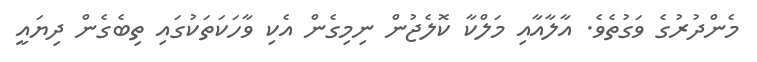
މެންދުރުގެ ވަގުތެވެ. އާލާއާއި މަލްކާ ކޮލެޖުން ނިމިގެން އެކި ވާހަކަތަކުގައި ތިބެގެން ދިޔައީ